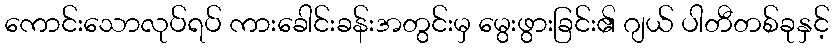
ကောင်းသောလုပ်ရပ် ကားခေါင်းခန်းအတွင်းမှ မွေးဖွားခြင်း၏ ဂျယ် ပါတီတစ်ခုနှင့်